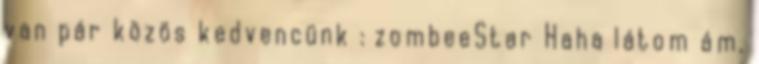
van pár közös kedvencünk : zombeeStar Haha látom ám,